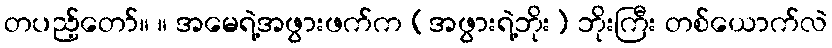
တပည့်တော်။ ။ အမေရဲ့အဖွားဖက်က (အဖွားရဲ့ဘိုး) ဘိုးကြီး တစ်ယောက်လဲ